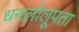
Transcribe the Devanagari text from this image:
धनलोलूपता